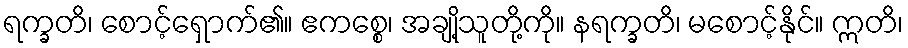
ရက္ခတိ၊ စောင့်ရှောက်၏။ ဧကစ္စေ၊ အချို့သူတို့ကို။ နရက္ခတိ၊ မစောင့်နိုင်။ ဣတိ၊